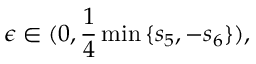
\epsilon \in ( 0 , \frac { 1 } { 4 } \operatorname* { m i n } { \{ s _ { 5 } , - s _ { 6 } \} } ) ,